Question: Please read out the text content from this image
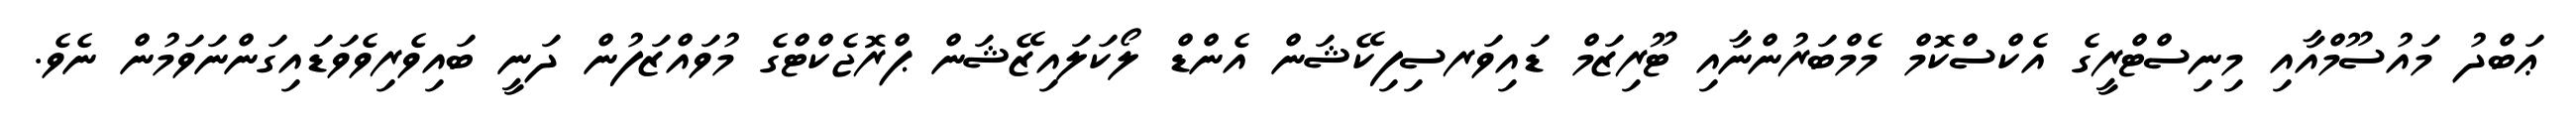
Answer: ޢަބްދު މައުސޫމްއާއި މިނިސްޓްރީގެ އެކްސްކޮމް މެމްބަރުންނާއި ޓޫރިޒަމް ޑައިވަރސިފިކޭޝަން އެންޑް ލޯކަލައިޒޭޝަން ޕްރޮޖެކްޓްގެ މުވައްޒަފުން ދަނީ ބައިވެރިވެވަޑައިގަންނަވަމުން ނެވެ.